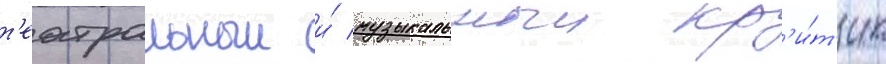
т'еатральныи и́ музыкальныи кр'и́т'ик